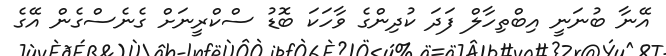
އޭނާ ބުނަނީ އިބްތިހާލް ފަދަ ކުދިންގެ ވާހަކަ ބޮޑު ސްކްރީނަށް ގެނެސްގެން އޭގެ